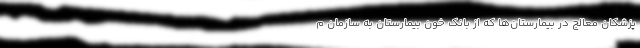
پزشکان معالج در بیمارستان‌ها که از بانک خون بیمارستان به سازمان م